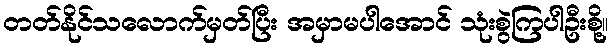
တတ်နိုင်သလောက်မှတ်ပြီး အမှာမပါအောင် သုံးစွဲကြပါဦးစို့။